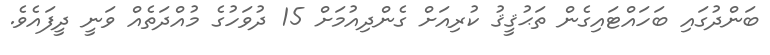
ބަންދުގައި ބަހައްޓައިގެން ތަޙުޤީޤު ކުރިއަށް ގެންދިއުމަށް 15 ދުވަހުގެ މުއްދަތެއް ވަނީ ދީފައެވެ.